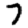
Digit: 7